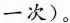
一次)。